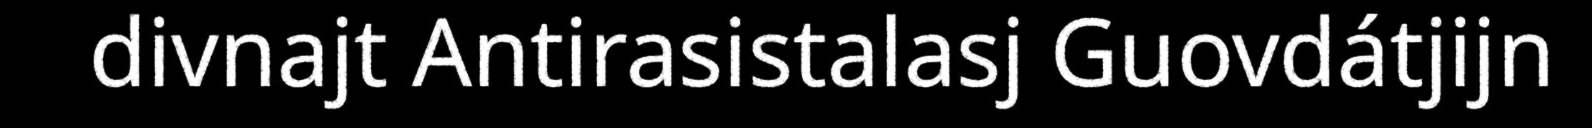
divnajt Antirasistalasj Guovdátjijn